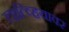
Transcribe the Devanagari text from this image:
लात्व्हियावर